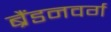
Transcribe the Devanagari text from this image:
ब्रैंडनवर्ग